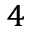
^ { 4 }